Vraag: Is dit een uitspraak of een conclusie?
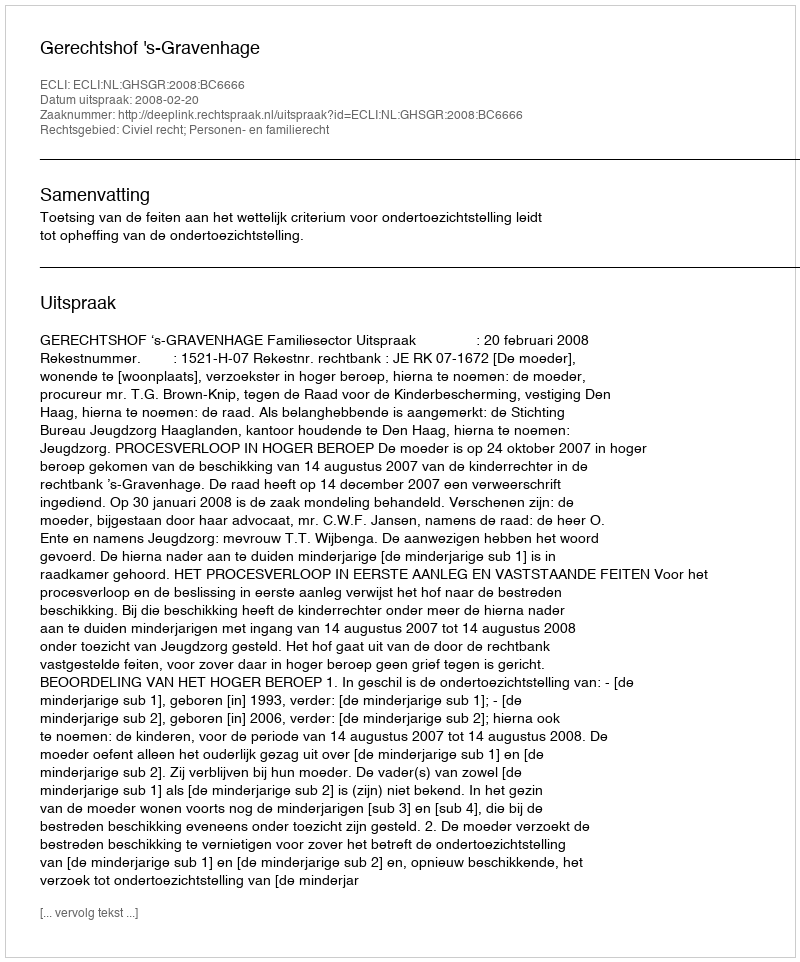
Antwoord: Uitspraak